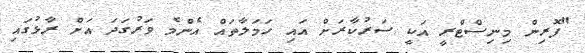
"ފޮރިން މިނިސްޓްރީ އަކީ ސަރުކާރަށް އައި ހަމަލާތައް އެންމެ ވަރުގަދަ އަށް ރާޅުގައި